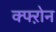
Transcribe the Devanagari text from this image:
क्फ्ऱोन